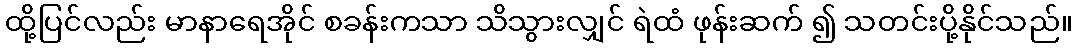
ထို့ပြင်လည်း မာနာရေအိုင် စခန်းကသာ သိသွားလျှင် ရဲထံ ဖုန်းဆက် ၍ သတင်းပို့နိုင်သည်။